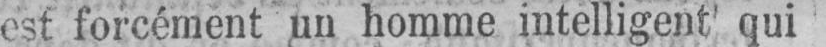
est forcément un homme intelligent’ qui